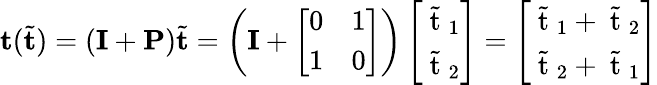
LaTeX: \mathbf{t}(\tilde{\mathbf{t}})=(\mathbf{I}+\mathbf{P})\tilde{\mathbf{t}}=\left(\mathbf{I}+\left[\begin{array}{ll}{0}&{1}\\ {1}&{0}\end{array}\right]\right)\left[\begin{array}{l}{\tilde{\mathrm{~t~}}_{1}}\\ {\tilde{\mathrm{~t~}}_{2}}\end{array}\right]=\left[\begin{array}{l}{\tilde{\mathrm{~t~}}_{1}+\tilde{\mathrm{~t~}}_{2}}\\ {\tilde{\mathrm{~t~}}_{2}+\tilde{\mathrm{~t~}}_{1}}\end{array}\right]